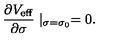
{ \frac { \partial V _ { \mathrm { e f f } } } { \partial \sigma } } \mid _ { \sigma = \sigma _ { 0 } } = 0 .